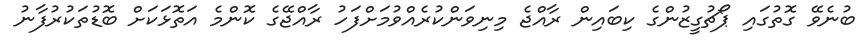
ބުނެވޭ ގޮތުގައި ޕޯޗުގީޒުންގެ ކިބައިން ރާއްޖެ މިނިވަންކުރެއްވުމަށްފަހު ރާއްޖޭގެ ކޮންމެ އަތޮޅަކަށް ބޮޑުތަކުރުފާނު